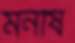
মনীষ